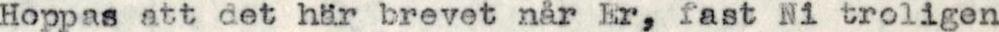
Hoppas att det här brevet när Er, fast Ni troligen